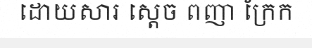
ដោយសារ ស្តេច ពញា ក្រែក